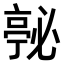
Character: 𭞇